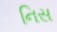
નિસ